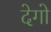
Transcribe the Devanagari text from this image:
देगो